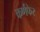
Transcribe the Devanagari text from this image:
कर्णफेर